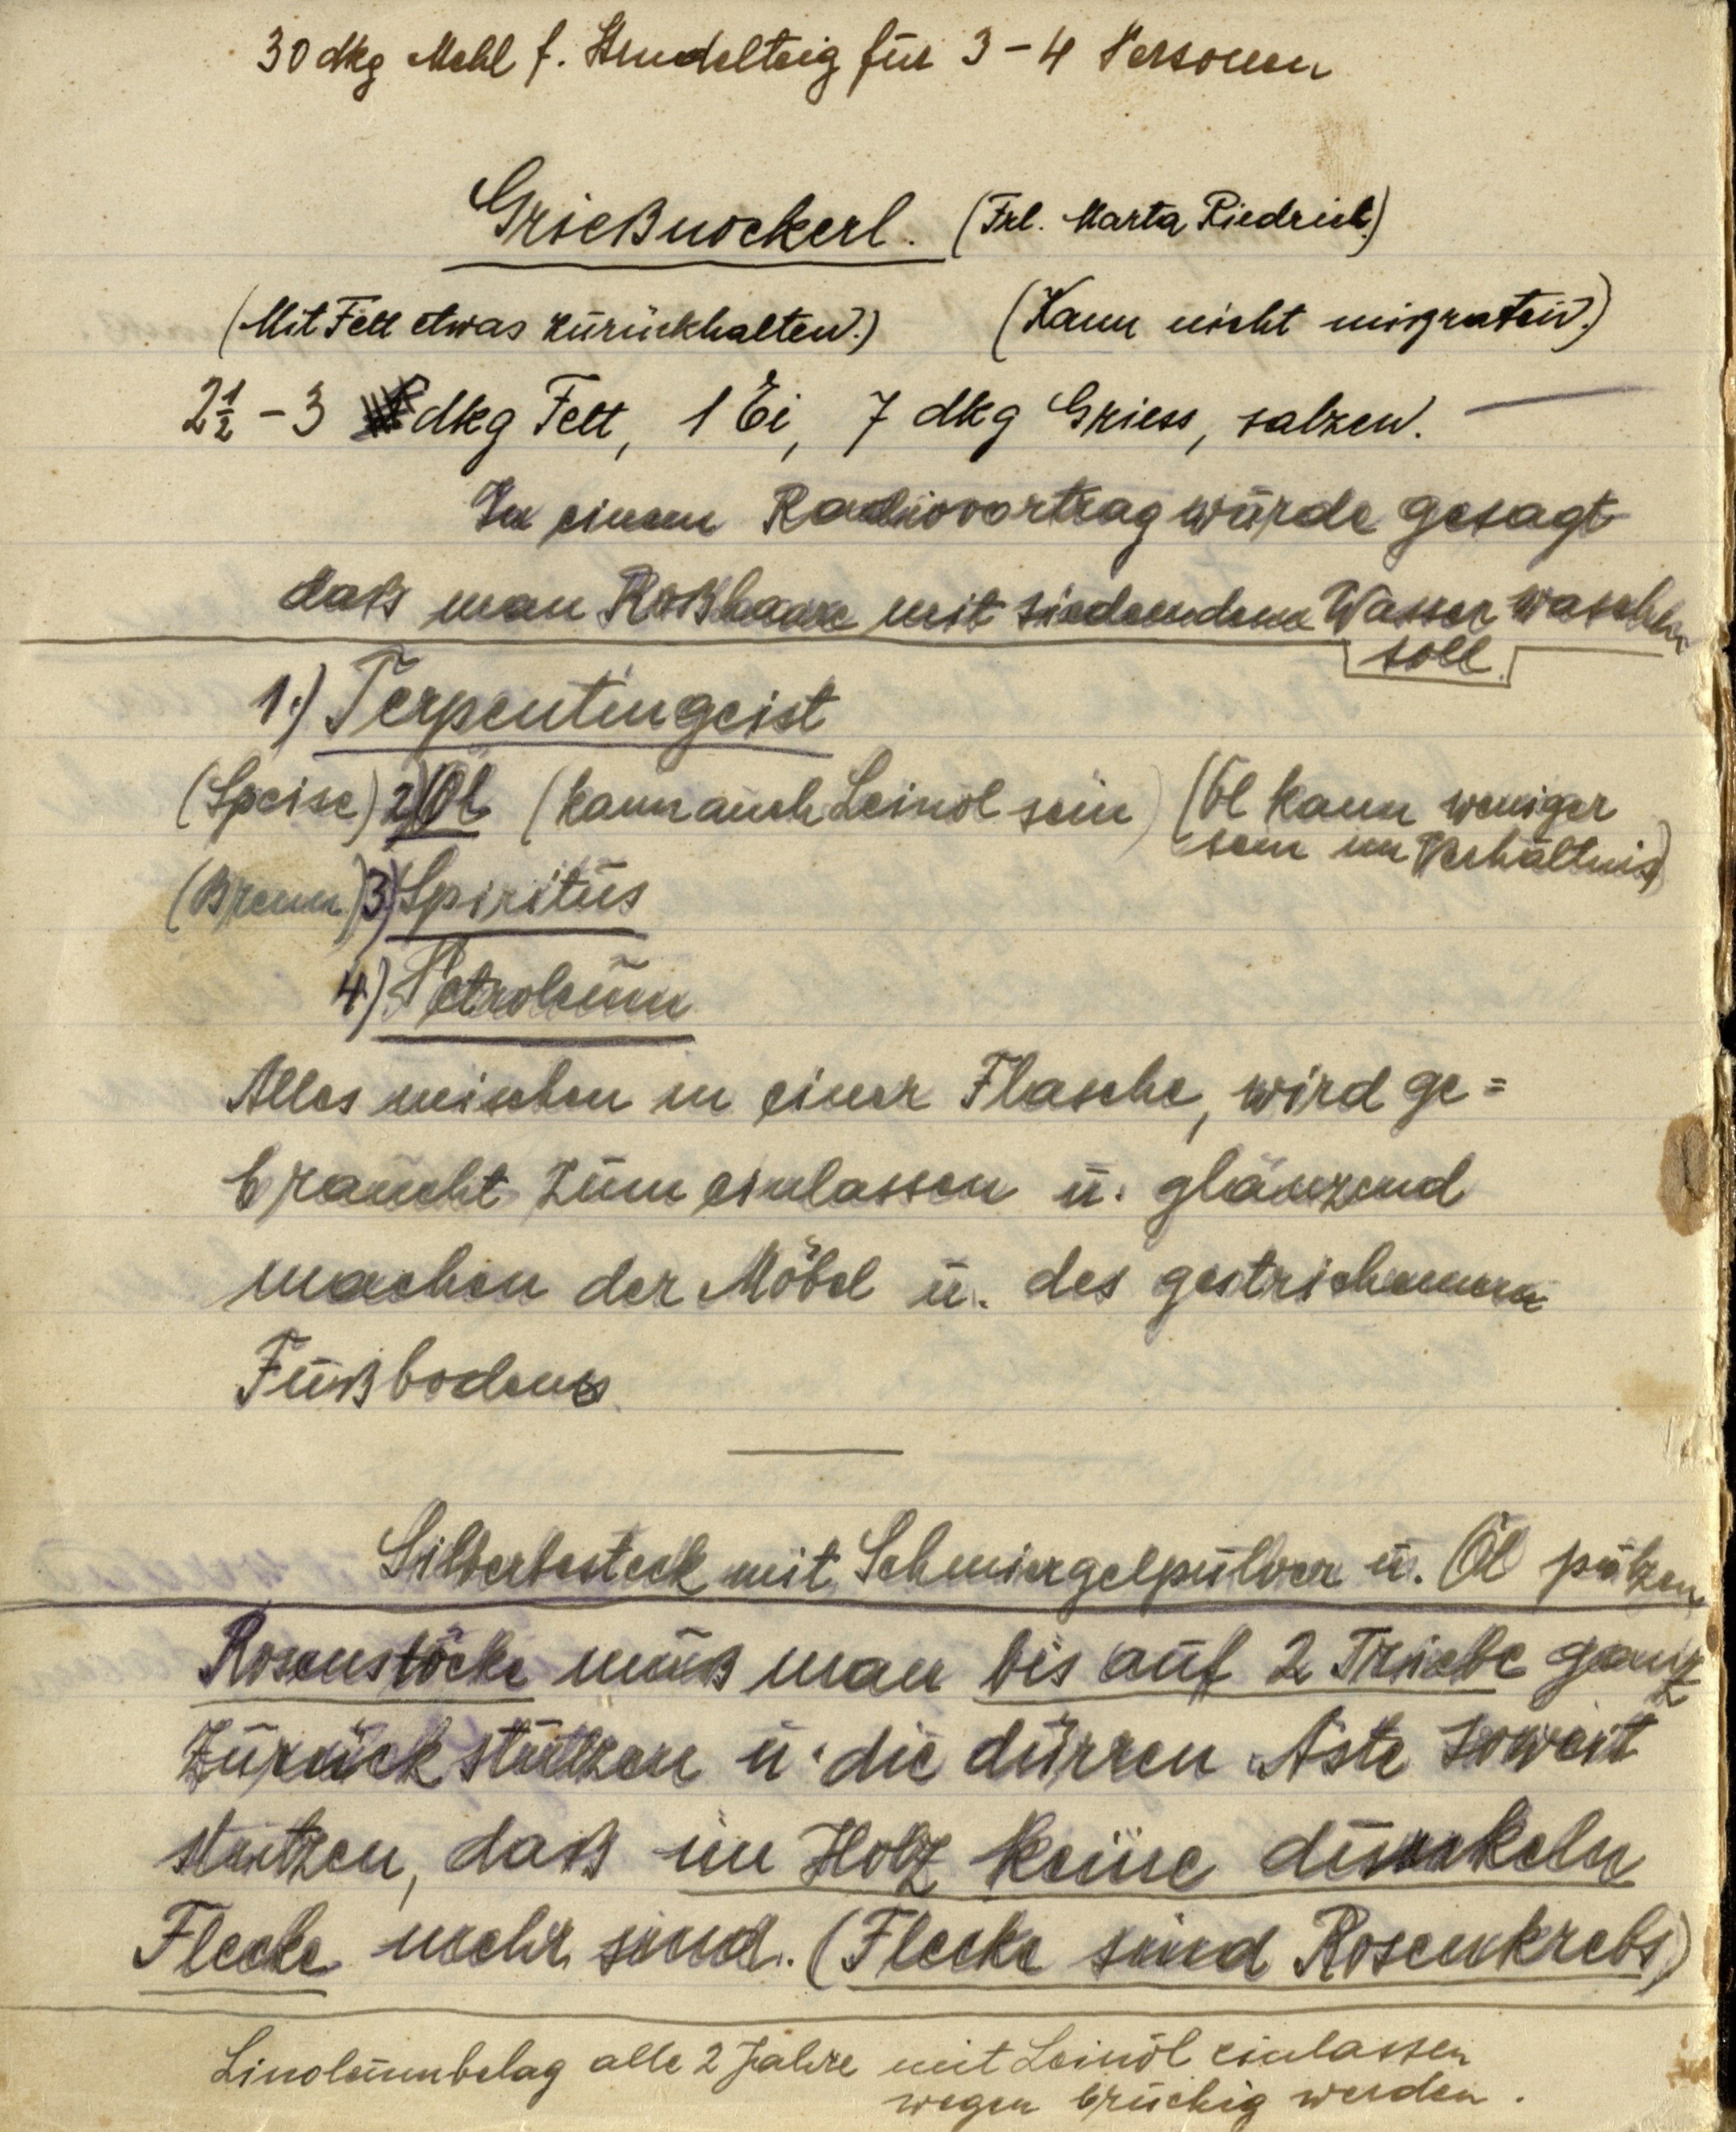
30 dkg Mehl f. Strudelteig für 3-4 Personen

Grießnockerl. (Frl. Marta Riedrich.)
(Mit Fett etwas zurückhalten.) (Kann nicht mißraten.)
2½-3 dkg Fett, 1 Ei, 7 dkg Griess, salzen.

In einem Radiovortrag wurde gesagt
daß man Roßhaare mit siedendem Wasser waschen
soll.

1. Terpentingeist
(Speise) 2) Öl (kann auch Leinöl sein) (6l kann weniger
sein im Verhältnis
(Brenn) 3) Spiritus
4) Petroleum
Alles mischen in einer Flasche, wird ge¬
braucht zum einlassen u. glänzend
machen der Möbel u. des gestrichenen
Fußbodens.

Silberbesteck mit Schmiergelpulver u. Öl putzen.
Rosenstöcke muß man bis auf 2 Triebe ganz
zurück stutzen u. die dürren Äste soweit
stutzen, daß im Holz keine dunkeln
Flecke mehr sind. (Flecke sind Rosenkrebs)
Linoleumbelag alle 2 Jahre mit Leinöl einlassen
wegen brüchig werden.